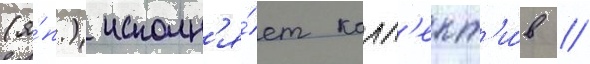
(я́п.) исполн'я́ет колл'ект'и́в /